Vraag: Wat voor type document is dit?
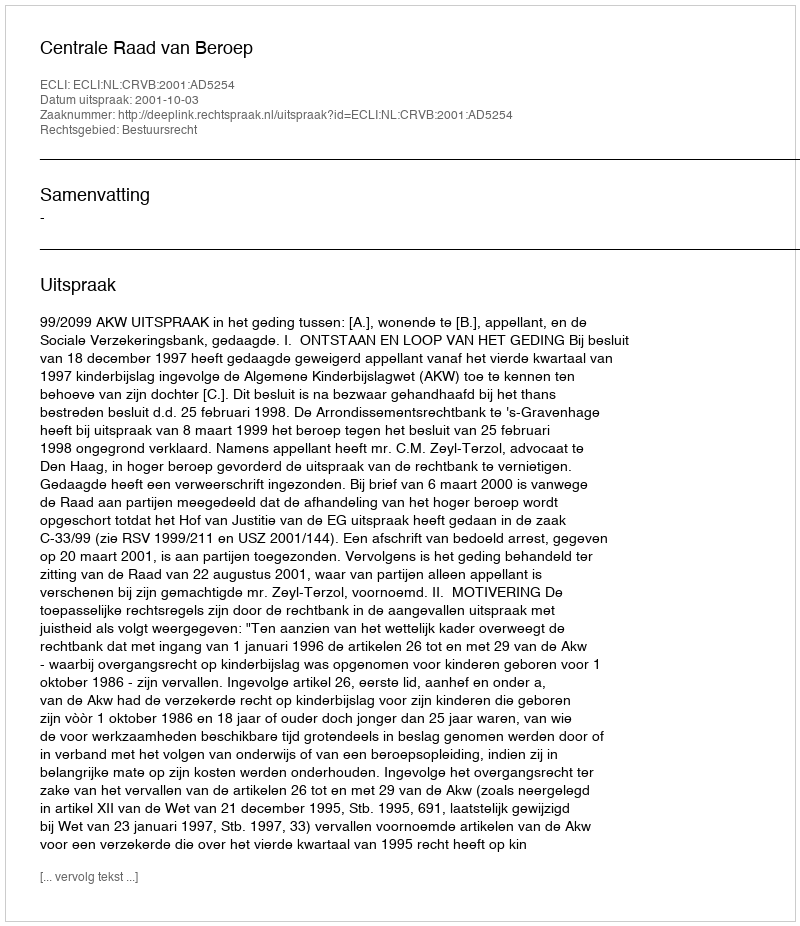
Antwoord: Uitspraak